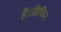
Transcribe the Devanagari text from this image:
हैं।ग्रिफिन